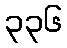
၃၃၆